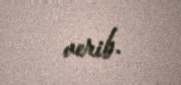
verib.